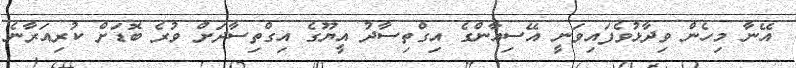
އޭނާ މިހެން ވިދާޅުވެފައިވަނީ އޭސިއާންގެ އިގްތިސާދު އީޔޫގެ އިގްތިސާދަށް ވުރެ ބޮޑަށް ކުރިއަރާނެ